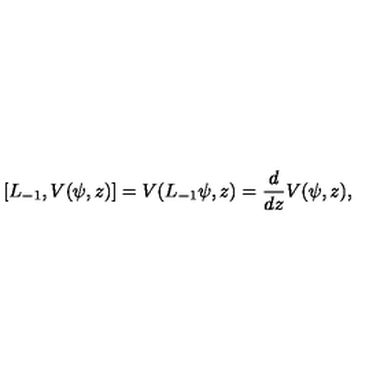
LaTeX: [ L _ { - 1 } , V ( \psi , z ) ] = V ( L _ { - 1 } \psi , z ) = { \frac { d } { d z } } V ( \psi , z ) ,